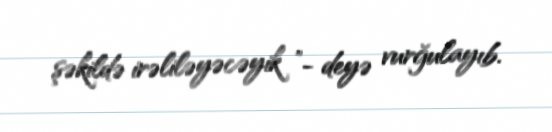
şəkildə irəliləyəcəyik ”- deyə vurğulayıb.